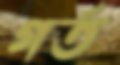
গর্ত